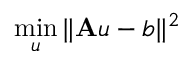
\operatorname* { m i n } _ { \boldsymbol { u } } \| \mathbf { A } \boldsymbol { u } - \boldsymbol { b } \| ^ { 2 }